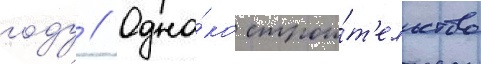
году // Одна́ко строи́т'ельство